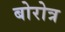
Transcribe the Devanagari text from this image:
बोरोत्र